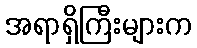
အရာရှိကြီးများက